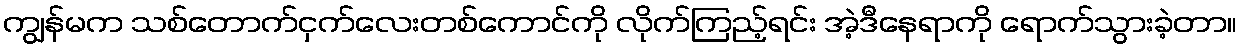
ကျွန်မက သစ်တောက်ငှက်လေးတစ်ကောင်ကို လိုက်ကြည့်ရင်း အဲ့ဒီနေရာကို ရောက်သွားခဲ့တာ။